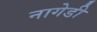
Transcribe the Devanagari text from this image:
नागेडी